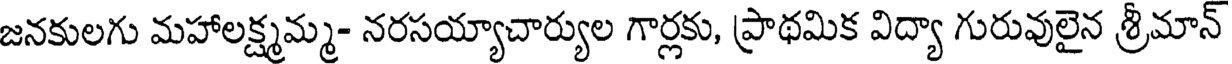
జనకులగు మహాలక్ష్మమ్మ- నరసయ్యాచార్యుల గార్లకు, ప్రాథమిక విద్యా గురువులైన శ్రీమాన్